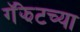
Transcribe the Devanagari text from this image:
गॅझेटच्या